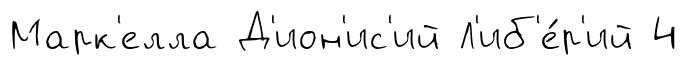
Марк'елла Д'ион'ис'ий Л'иб'е́р'ий 4